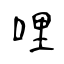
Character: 哩